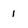
Character: 1